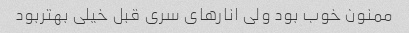
ممنون خوب بود ولی انارهای سری قبل خیلی بهتربود